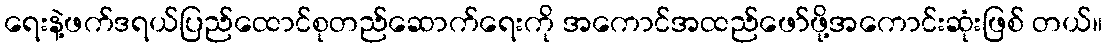
ရေးနဲ့ဖက်ဒရယ်ပြည်ထောင်စုတည်ဆောက်ရေးကို အကောင်အထည်ဖော်ဖို့အကောင်းဆုံးဖြစ် တယ်။